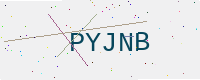
Text: PYJNB